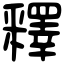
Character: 釋